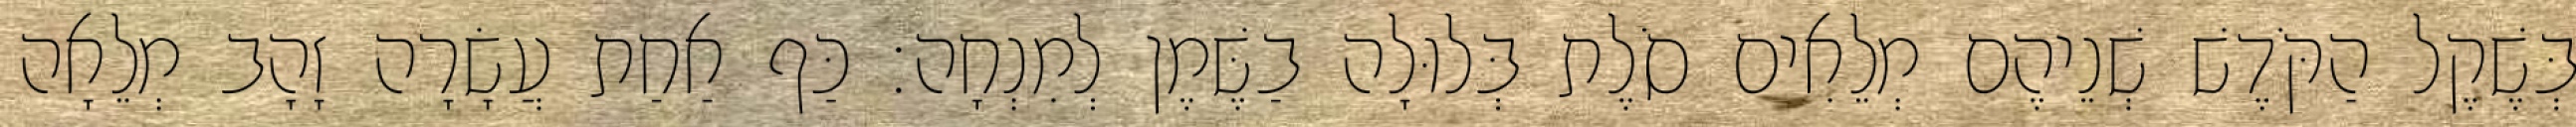
בְּשֶׁקֶל הַקֹּדֶשׁ שְׁנֵיהֶם מְלֵאִים סֹלֶת בְּלוּלָה בַשֶּׁמֶן לְמִנְחָה׃ כַּף אַחַת עֲשָׂרָה זָהָב מְלֵאָה